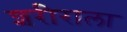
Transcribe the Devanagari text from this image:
शरीराला